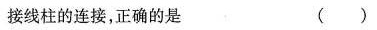
接线柱的连接，正确的是 ( )